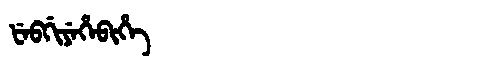
Manchu: ᡶᡝᠪᡤᡳᠶᡝᡥᡝᠪᡳᡥᡝ
Romanization: FEBGIYEHEBIHE